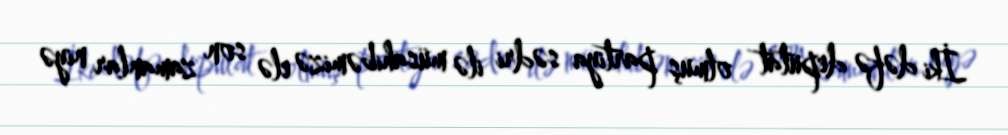
İki dəfə deputat olmuş partiya sədri ilə müsahibəmizə elə son zamanlar niyə